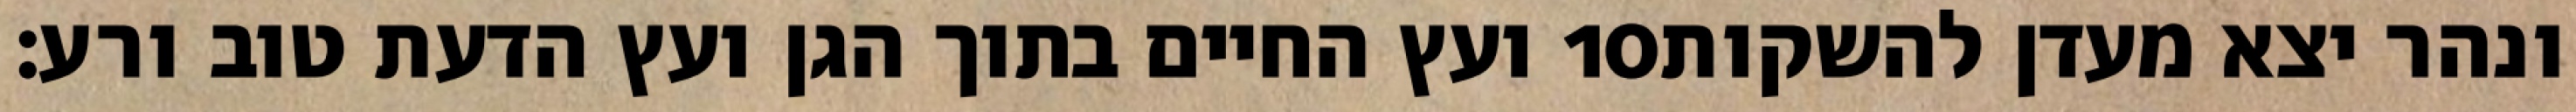
ועץ החיים בתוך הגן ועץ הדעת טוב ורע׃ ‎10‏ ונהר יצא מעדן להשקות